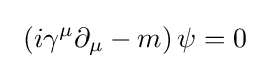
\ \left(i\gamma ^{\mu }\partial _{\mu }-m\right)\psi =0\